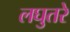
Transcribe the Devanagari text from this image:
लघुतरे